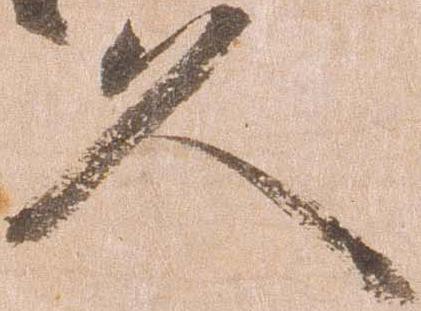
久